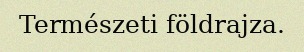
Természeti földrajza.